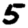
Digit: 5